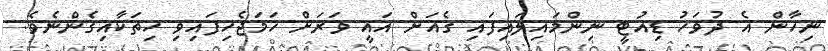
ނިހާން އެ ދުވަހު ޑިއުޓީ ނިންމައިލައިފައި ގެއަށް އައީ ވަރަށް ހަމަޖެހިފައިވި ހިތަކާއިގެންނެވެ.